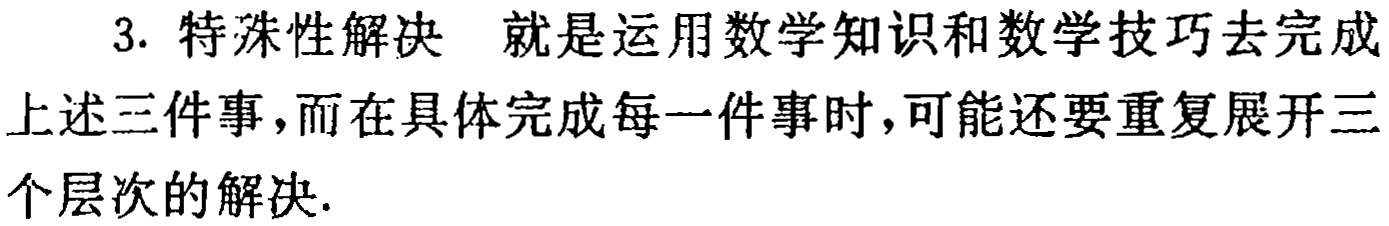
3. 特殊性解决 就是运用数学知识和数学技巧去完成上述三件事，而在具体完成每一件事时，可能还要重复展开三个层次的解决.